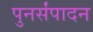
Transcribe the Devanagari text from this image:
पुनर्संपादन